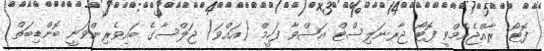
ފޮޓޯ: ރާއްޖެއެމްވީ ފޮޓޯ ޖާރނަލިސްޓް އަޝްވާ ފަހީމް (އައްވަ) ޖަލްސާގެ ބައިވެރިންވަނީ ބޮންޑިބަތް